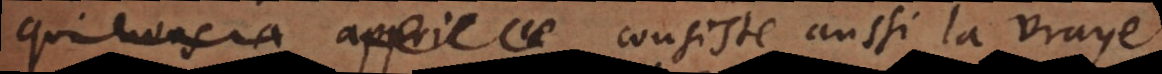
qui nous a appris ce consiste aussi la vraye